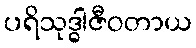
ပရိသုဒ္ဓါဇီဝတာယ